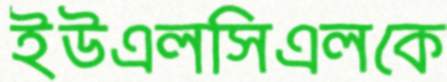
ইউএলসিএলকে